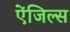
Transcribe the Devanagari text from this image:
ऐंजिल्‍स